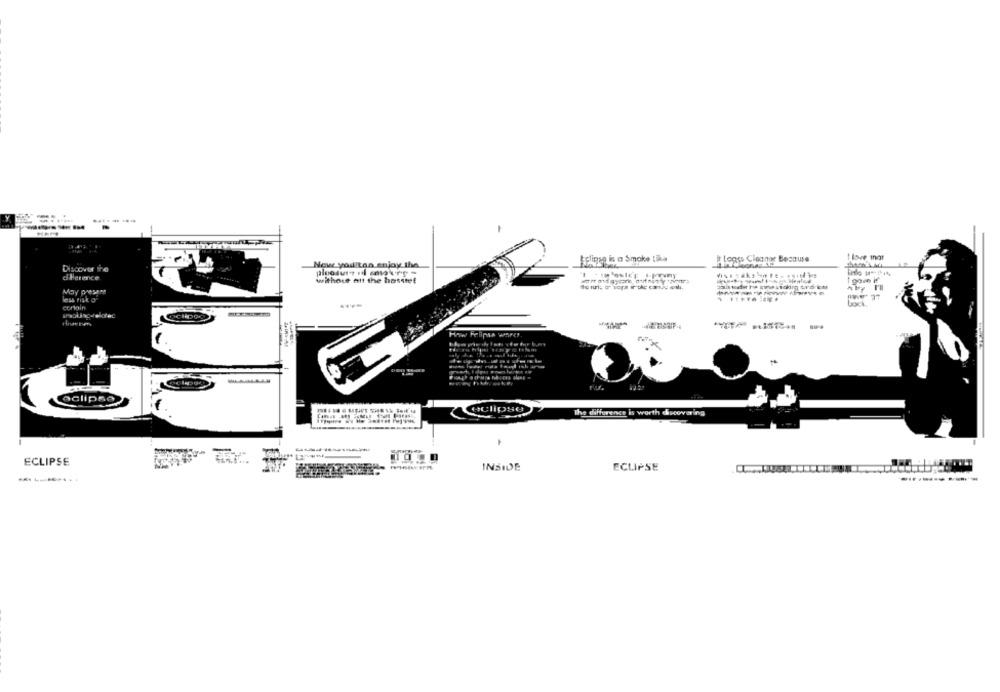
Now youitan enjoy the
Eliges is a Smoke tika
Lopps Cloner Because
I love mar
es ference
without att the hasstet
May present
less risk of
corlain
How Felipsa wares
eclipse
tulipse
The difference is worth discovering
ECLIPSE
INSIDE
ECLIPSE